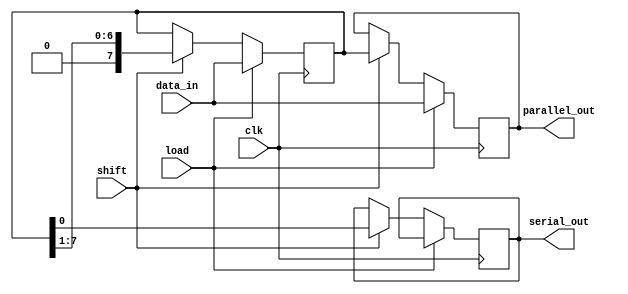
module PISO_Shift_Register #(
    parameter DATA_WIDTH = 8  // Define the width of the data input
)(
    input wire clk,            // Clock signal
    input wire load,           // Load control signal
    input wire shift,          // Shift control signal
    input wire [DATA_WIDTH-1:0] data_in, // Parallel data input
    output reg serial_out,     // Serial output
    output reg [DATA_WIDTH-1:0] parallel_out // Optional: to check the stored parallel data
);

// Internal register array to store the bits
reg [DATA_WIDTH-1:0] shift_reg;

// Sequential logic for loading and shifting
always @(posedge clk) begin
    if (load) begin
        // Load data into the shift register
        shift_reg <= data_in;
    end else if (shift) begin
        // Shift operation
        serial_out <= shift_reg[0]; // Output the LSB
        shift_reg <= {1'b0, shift_reg[DATA_WIDTH-1:1]}; // Shift right
    end
end

// Optional: Output the current parallel data for debugging
always @(posedge clk) begin
    if (load) begin
        parallel_out <= data_in; // Update parallel output on load
    end else if (shift) begin
        parallel_out <= shift_reg; // Show the current state of the register
    end
end

endmodule